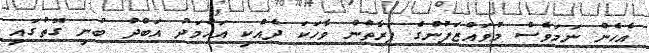
އެހެން ނަމަވެސް މުވައްޒަފުންގެ ފަރާތުން ވާހަކަ ދެއްކި އަހުމަދު އަބްދު ބުނި ގޮތުގައި